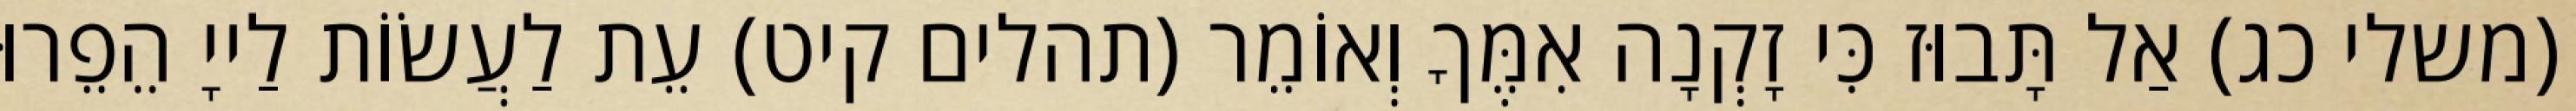
(משלי כג) אַל תָּבוּז כִּי זָקְנָה אִמֶּךָ וְאוֹמֵר (תהלים קיט) עֵת לַעֲשׂוֹת לַייָ הֵפֵרוּ